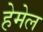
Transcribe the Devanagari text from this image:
हेमेल